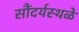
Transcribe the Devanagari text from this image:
सौंदर्यस्थळे